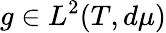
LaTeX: g\in L^{2}(T,d\mu)